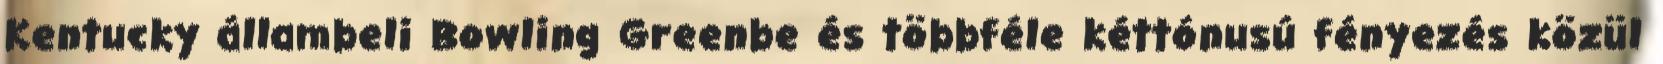
Kentucky állambeli Bowling Greenbe és többféle kéttónusú fényezés közül